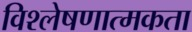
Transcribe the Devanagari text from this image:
विश्लेषणात्मकता